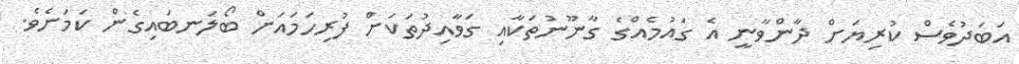
އަބަދުވެސް ކުރިޔަށް ދާންވާނީ އެ ގައުމެއްގެ ގާނޫނުތަކާއި ގަވާއިދުތަކަށް ފުރިހަމައަށް ބޯލަނބައިގެން ކަމަށެވެ.